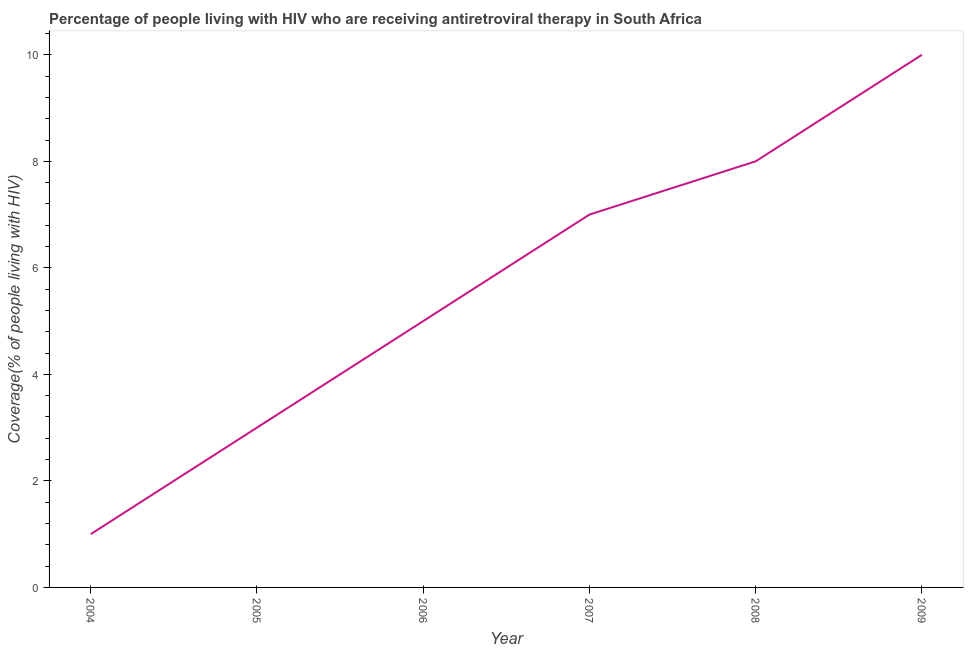
| Year | Antiretroviral therapy coverage |
 | --- | --- |
 | 2004 | 1 |
 | 2005 | 3 |
 | 2006 | 5 |
 | 2007 | 7 |
 | 2008 | 8 |
 | 2009 | 10 |